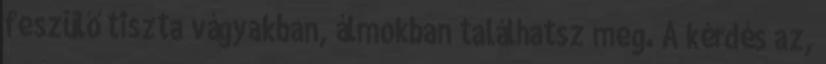
feszülő tiszta vágyakban, álmokban találhatsz meg. A kérdés az,